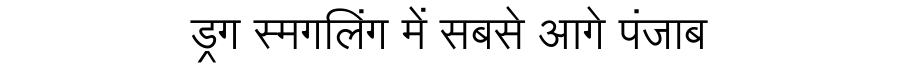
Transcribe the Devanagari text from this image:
ड्रग स्मगलिंग में सबसे आगे पंजाब